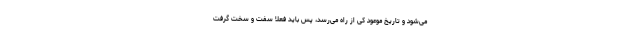
می‌شود و تاریخ موعود کی از راه می‌رسد، پس باید فعلا سفت و سخت گرفت